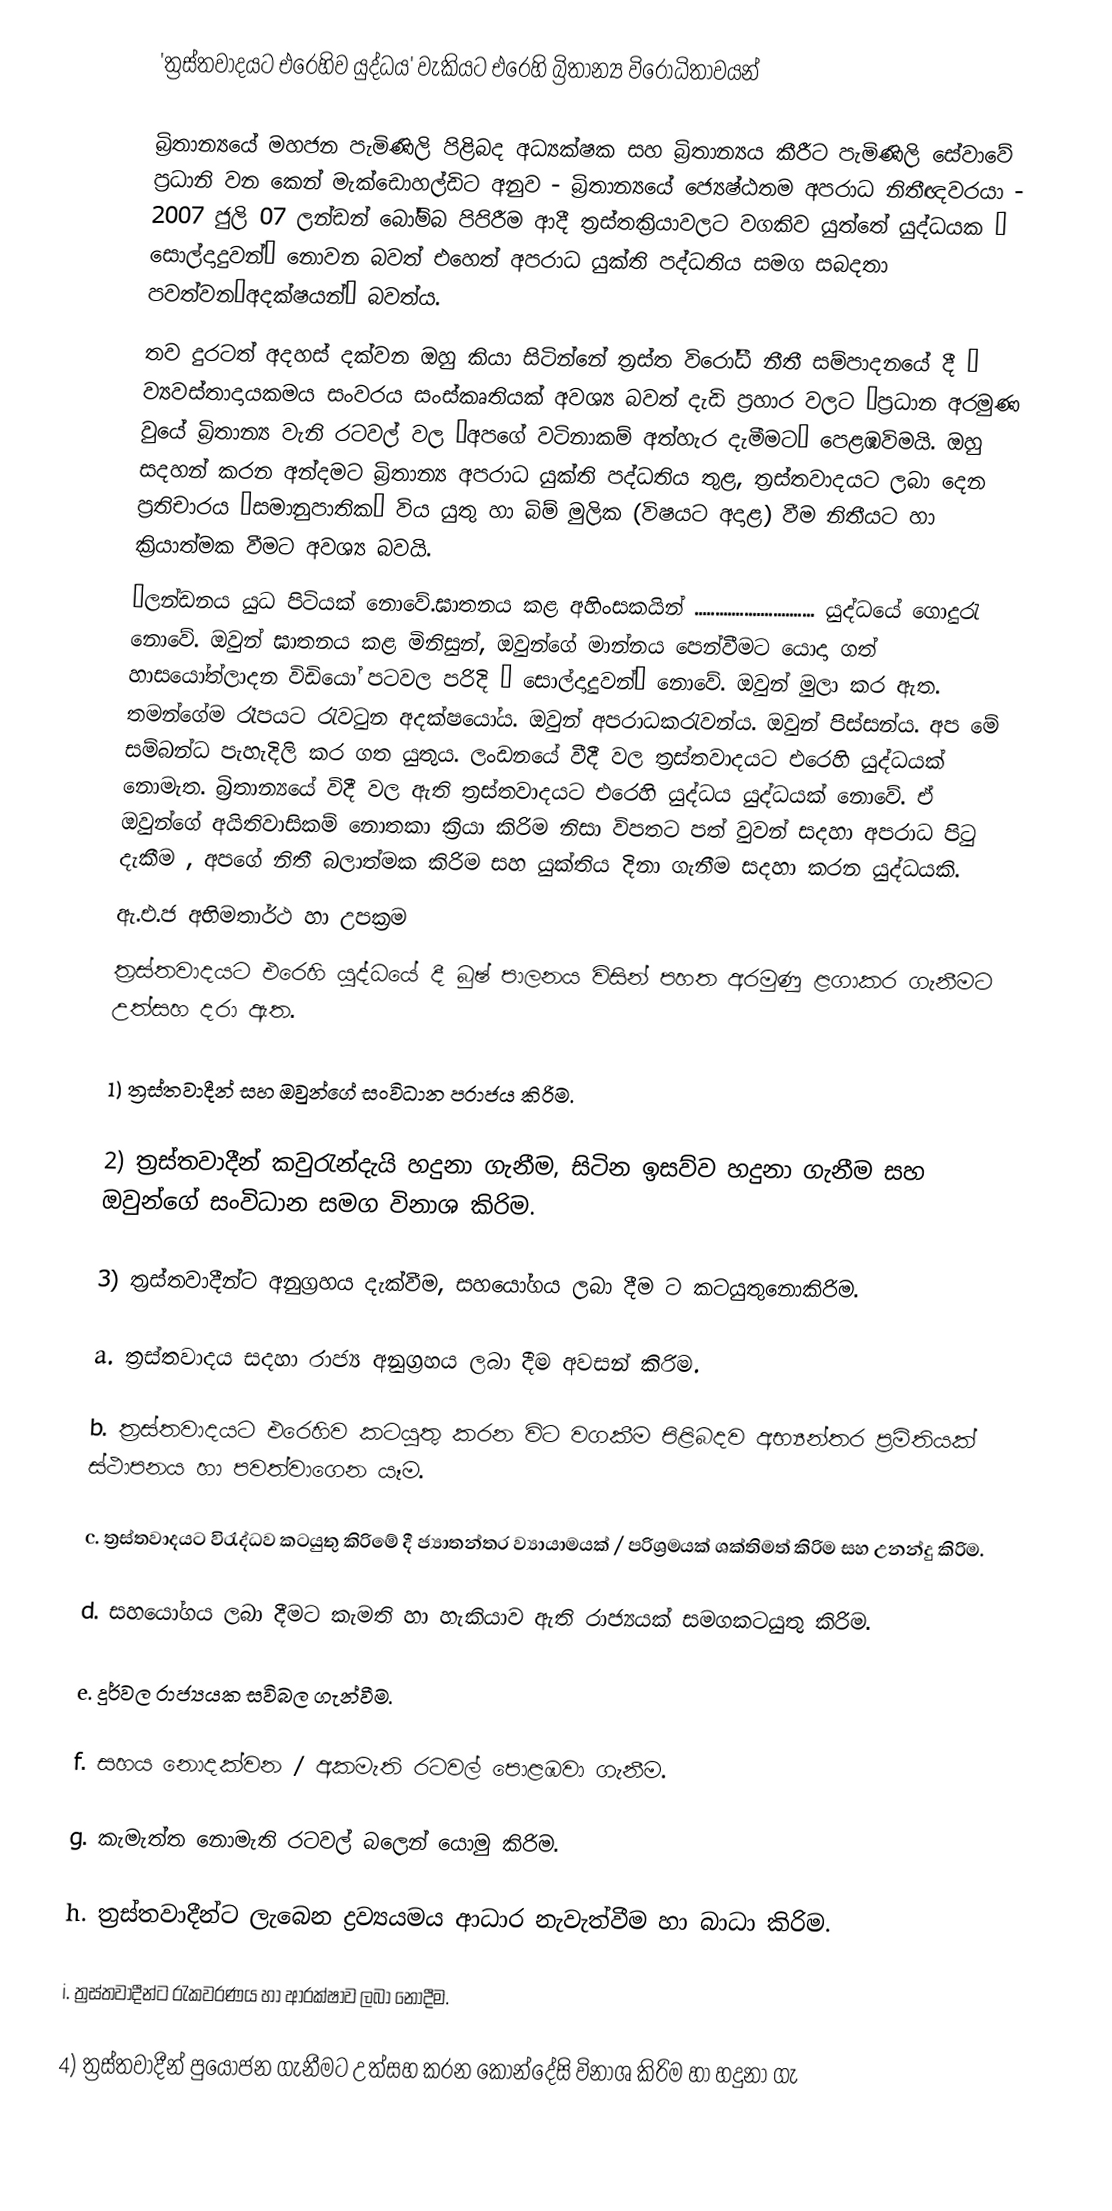
'ත්‍රස්තවාදයට එරෙහිව යුද්ධය' වැකියට එරෙහි බ්‍රිතාන්‍ය විරෝධිතාවයන්

බ්‍රිතාන්‍යයේ මහජන පැමිණිලි පිළිබද අධ්‍යක්ෂක සහ බ්‍රිතාන්‍යය කීරීට පැමිණිලි සේවාවේ ප්‍රධානි වන කෙන් මැක්ඩොහල්ඩිට අනුව - බ්‍රිතාන්‍යයේ ජ්‍යෙෂ්ඨතම අපරාධ නිතීඥවරයා - 2007 ජුලි 07 ලන්ඩන් බෝම්බ පිපිරීම ආදී ත්‍රස්තක්‍රියාවලට වගකිව යුත්තේ යුද්ධයක ¨ සොල්දාදුවන්¨ නොවන බවත් එහෙත් අපරාධ යුක්ති පද්ධතිය සමග සබදතා පවත්වන¨අදක්ෂයන්¨ බවත්ය.
තව දුරටත් අදහස් දක්වන ඔහු කියා සිටින්නේ ත්‍රස්ත විරෝධී  නීතී සම්පාදනයේ දී ¨ ව්‍යවස්තාදායකමය සංවරය සංස්කෘතියක් අවශ්‍ය බවත් දැඩි ප්‍රහාර වලට ¨ප්‍රධාන අරමුණ වුයේ බ්‍රිතාන්‍ය වැනි රටවල් වල ¨අපගේ වටිනාකම් අත්හැර දැමීමට¨ පෙළඹවිමයි.  ඔහු සදහන් කරන අන්දමට බ්‍රිතාන්‍ය අපරාධ යුක්ති පද්ධතිය තුළ, ත්‍රස්තවාදයට ලබා දෙන ප්‍රතිචාරය ¨සමානුපාතික¨ විය යුතු හා බිම් මුලික (විෂයට අදාළ) වීම නිතීයට හා ක්‍රියාත්මක වීමට අවශ්‍ය බවයි.
¨ලන්ඩනය යුධ පිටියක් නොවේ.ඝාතනය කළ අහිංසකයින් ............................. යුද්ධයේ ගොදුරැ නොවේ. ඔවුන් ඝාතනය කළ මිනිසුන්, ඔවුන්ගේ මාන්නය පෙන්වීමට යොදා ගත් හාසයෝත්ලාදන විඩියෝ පටවල පරිදි ¨ සොල්දාදුවන්¨ නොවේ. ඔවුන් මුලා කර ඇත. තමන්ගේම  රෑපයට රැවටුන අදක්ෂයෝය. ඔවුන් අපරාධකරැවන්ය. ඔවුන් පිස්සන්ය. අප මේ සම්බන්ධ පැහැදිලි කර ගත යුතුය. ලංඩනයේ වීදී වල ත්‍රස්තවාදයට එරෙහි යුද්ධයක් නොමැත. බ්‍රිතාන්‍යයේ විදී වල ඇති ත්‍රස්තවාදයට එරෙහි යුද්ධය යුද්ධයක් නොවේ. ඒ ඔවුන්ගේ අයිතිවාසිකම් නොතකා ක්‍රියා කිරිම නිසා විපතට පත් වුවන් සදහා අපරාධ පිටු දැකීම , අපගේ නිතී බලාත්මක කිරිම සහ යුක්තිය දිනා ගැනීම සදහා කරන යුද්ධයකි.
ඇ.එ.ජ අභිමතාර්ථ හා උපක්‍රම
ත්‍රස්තවාදයට එරෙහි යුද්ධයේ දී බුෂ් පාලනය විසින් පහත අරමුණු ළගාකර ගැනීමට උත්සහ දරා ඇත.

1)	ත්‍රස්තවාදීන් සහ ඔවුන්ගේ සංවිධාන පරාජය කිරිම.

2)	ත්‍රස්තවාදීන් කවුරැන්දැයි හදුනා ගැනීම, සිටින ඉසව්ව හදුනා ගැනීම සහ ඔවුන්ගේ සංවිධාන සමග විනාශ කිරිම.

3)	ත්‍රස්තවාදීන්ට අනුග්‍රහය දැක්වීම, සහයෝගය ලබා දීම ට කටයුතුනොකිරිම.

a.	ත්‍රස්තවාදය සදහා රාජ්‍ය අනුග්‍රහය ලබා දීම අවසන් කිරිම.

b.	ත්‍රස්තවාදයට එරෙහිව කටයුතු කරන විට වගකීම පිළිබදව අභ්‍යන්තර ප්‍රමිතියක් ස්ථාපනය හා පවත්වාගෙන යෑම.

c.	ත්‍රස්තවාදයට විරැද්ධව කටයුතු කිරිමේ දී ජ්‍යාතන්තර ව්‍යායාමයක් / පරිශ්‍රමයක් ශක්තිමත් කිරිම සහ උනන්දු කිරිම.

d.	සහයෝගය ලබා දීමට කැමති හා හැකියාව ඇති රාජ්‍යයක් සමගකටයුතු කිරිම.

e.	දුර්වල රාජ්‍යයක සවිබල ගැන්වීම.

f.	සහය නොදක්වන / අකමැති රටවල් පොළඹවා ගැනීම.

g.	කැමැත්ත  නොමැති රටවල් බලෙන් යොමු  කිරිම.

h.	ත්‍රස්තවාදීන්ට ලැබෙන ද්‍රව්‍යයමය ආධාර නැවැත්වීම හා බාධා කිරිම.

i.	ත්‍රස්තවාදීන්ට රැකවරණය හා ආරක්ෂාව ලබා නොදීම.

4)	ත්‍රස්තවාදීන් පුයෝජන ගැනීමට උත්සහ කරන කොන්දේසි විනාශ කිරිම හා හදුනා ගැ